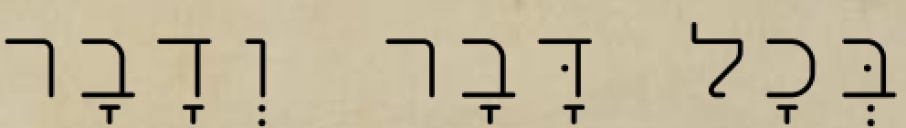
בְּכׇל דָּבָר וְדָבָר